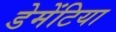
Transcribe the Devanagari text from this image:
डेमेंटिया